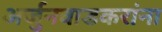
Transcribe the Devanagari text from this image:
अर्जुनवाडकरांना